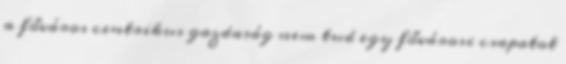
a főváros centrikus gazdaság nem tud egy fővárosi csapatot